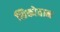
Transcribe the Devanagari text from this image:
शिकोतान